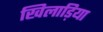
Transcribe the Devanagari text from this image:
खिलाड़िया